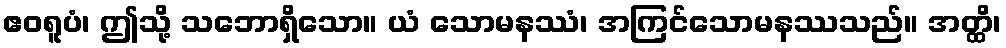
ဧဝရူပံ၊ ဤသို့ သဘောရှိသော။ ယံ သောမနဿံ၊ အကြင်သောမနဿသည်။ အတ္ထိ၊